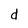
Character: d